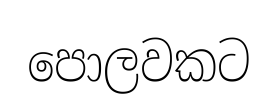
පොලවකට